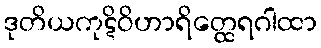
ဒုတိယကုဋိဝိဟာရိတ္ထေရဂါထာ